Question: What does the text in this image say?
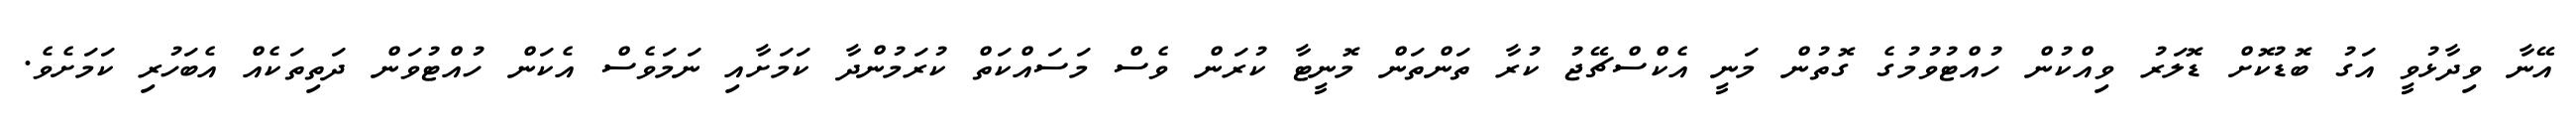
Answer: އޭނާ ވިދާޅުވީ އަގު ބޮޑުކޮށް ޑޮލަރު ވިއްކުން ހުއްޓުވުމުގެ ގޮތުން މަނީ އެކްސްޗޭޖު ކުރާ ތަންތަން މޮނީޓާ ކުރަން ވެސް މަސައްކަތް ކުރަމުންދާ ކަމަށާއި ނަމަވެސް އެކަން ހުއްޓުވަން ދަތިތަކެއް އެބަހުރި ކަމަށެވެ.